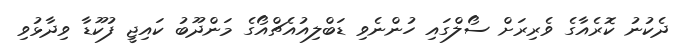
ދެކުނު ކޮރެއާގެ ވެރިރަށް ސޯލްގައި ހުންނެވި ޑަބްލިއުއެޗްއޯގެ މަންދޫބު ކައިޖީ ފުކޫޑާ ވިދާޅުވި